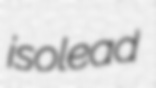
isolead